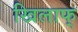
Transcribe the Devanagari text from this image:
खिलाफ्